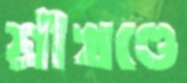
শ্রীখণ্ডে